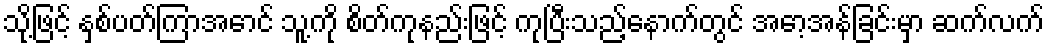
သို့ဖြင့် နှစ်ပတ်ကြာအောင် သူ့ကို စိတ်ကုနည်းဖြင့် ကုပြီးသည့်နောက်တွင် အော့အန်ခြင်းမှာ ဆက်လက်